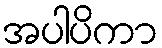
အပါပိကာ